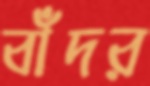
বাঁদর